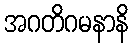
အဂတိဂမနာနိ